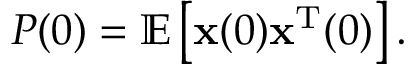
P ( 0 ) = \mathbb { E } \left[ { \mathbf { x } } ( 0 ) { \mathbf { x } } ^ { \mathrm { T } } ( 0 ) \right] .